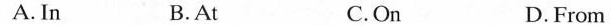
A. In B.At C.On D. From